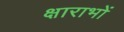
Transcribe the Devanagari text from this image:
क्षाराभों